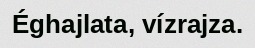
Éghajlata, vízrajza.